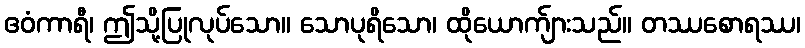
ဧဝံကာရီ၊ ဤသို့ပြုလုပ်သော။ သောပုရိသော၊ ထိုယောက်ျားသည်။ တဿစောရဿ၊